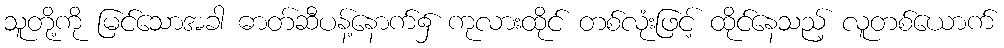
သူတို့ကို မြင်သောအခါ ဓာတ်ဆီပန့်နောက်၌ ကုလားထိုင် တစ်လုံးဖြင့် ထိုင်နေသည့် လူတစ်ယောက်